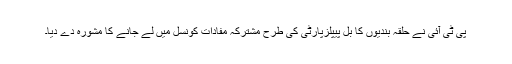
پی ٹی آئی نے حلقہ بندیوں کا بل پیپلزپارٹی کی طرح مشترکہ مفادات کونسل میں لے جانے کا مشورہ دے دیا۔